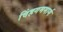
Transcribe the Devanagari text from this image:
विंहगममार्ग